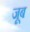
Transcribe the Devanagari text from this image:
जूब